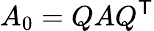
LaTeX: A_{0}=QAQ^{\mathsf{T}}